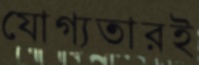
যোগ্যতারই